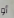
أو